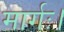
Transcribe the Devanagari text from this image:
मार्गः।